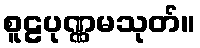
စူဠပုဏ္ဏမသုတ်။